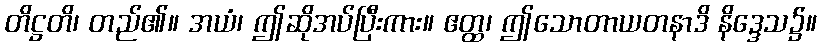
တိဋ္ဌတိ၊ တည်၏။ အယံ၊ ဤဆိုအပ်ပြီးကား။ ဧတ္ထ၊ ဤသောတာယတနာဒိ နိဒ္ဒေသ၌။